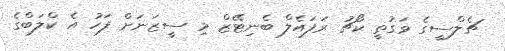
ޗެލްސީގެ ވަގުތީ ކޯޗު ރަފައެލް ބެނިޓޭޒް މި ސީޒަނަށް ފަހު އެ ކްލަބްގެ